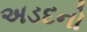
અડદનો